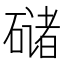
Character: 𰧘